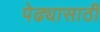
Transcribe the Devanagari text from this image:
पेढ्यासाठी